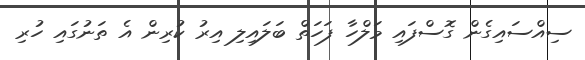
ސިއްސައިގެން ގޮސްފައި މަލްހާ ފަހަތް ބަލައިލި އިރު ކުރިން އެ ތަނުގައި ހުރި